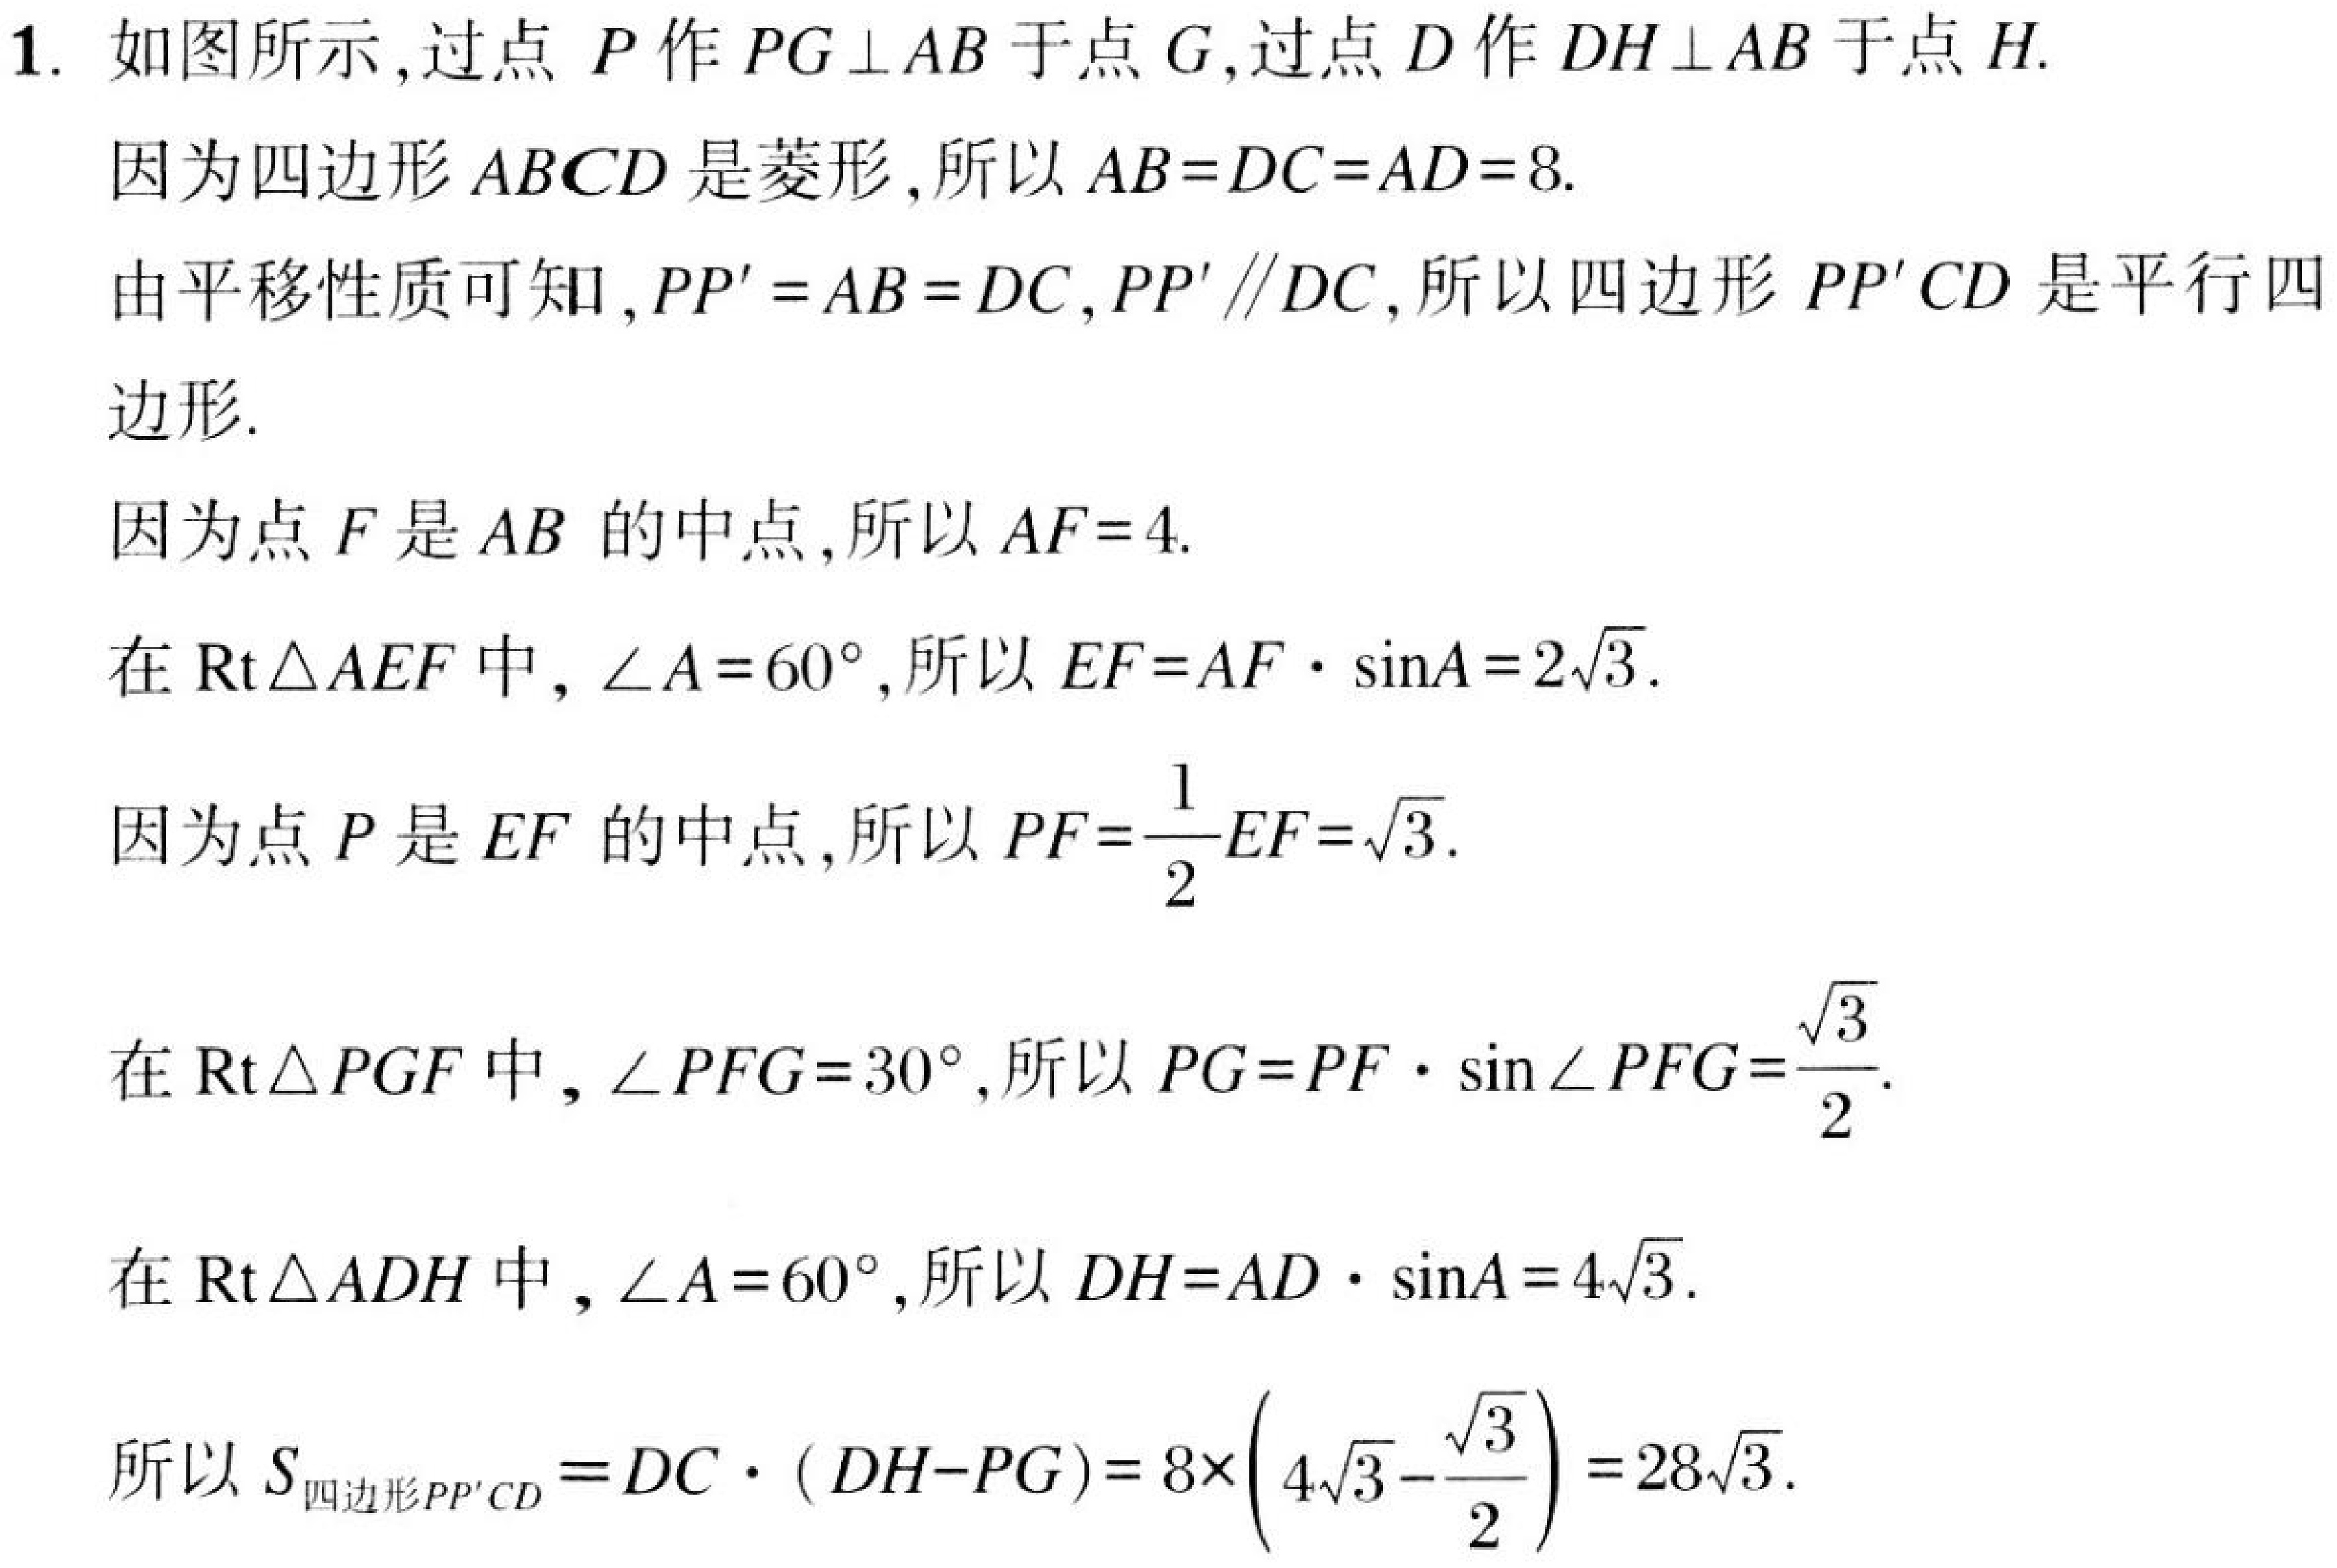
1. 如图所示,过点 \(P\) 作 \(PG\perp AB\) 于点 \(G\),过点 \(D\) 作 \(DH\perp AB\) 于点 \(H\).
因为四边形 \(ABCD\) 是菱形,所以 \(AB = DC = AD = 8\).
由平移性质可知,\(PP' = AB = DC\),\(PP'\parallel DC\),所以四边形 \(PP'CD\) 是平行四边形.
因为点 \(F\) 是 \(AB\) 的中点,所以 \(AF = 4\).
在 \(\text{Rt}\triangle AEF\) 中, \(\angle A = 60^{\circ}\),所以 \(EF = AF\cdot\sin A=2\sqrt{3}\).
因为点 \(P\) 是 \(EF\) 的中点,所以 \(PF=\dfrac{1}{2}EF = \sqrt{3}\).
在 \(\text{Rt}\triangle PGF\) 中, \(\angle PFG = 30^{\circ}\),所以 \(PG = PF\cdot\sin\angle PFG=\dfrac{\sqrt{3}}{2}\).
在 \(\text{Rt}\triangle ADH\) 中, \(\angle A = 60^{\circ}\),所以 \(DH = AD\cdot\sin A = 4\sqrt{3}\).
所以 \(S_{四边形PP'CD}=DC\cdot(DH - PG)=8\times\left(4\sqrt{3}-\dfrac{\sqrt{3}}{2}\right)=28\sqrt{3}\).